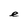
Character: e